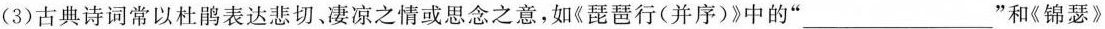
(3)古典诗词常以杜鹃表达悲切，凄凉之情或思念之意，如《琵琶行(并序)》中的“___”和《锦瑟》